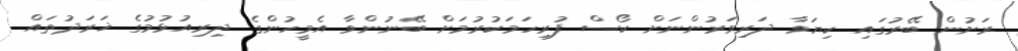
ރަށުން ބޭރުގައި ކިޔަވާ ދަރިވަރުންނަށް ކޯސް ފުރިހަމަކުރުމަށް ބޭނުންވާ އެމީހުންގެ ދިރިއުޅުމުގެ ޚަރަދުތައް